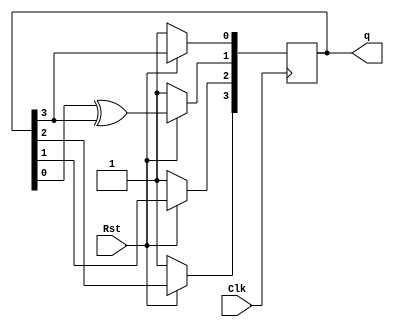
//ECE 6370

module LFSR_RAG(Rst,Clk, q);
input Clk,Rst;
//input B_In;
//output B_Out;
output [3:0] q;//,RAG_Out;
//output[6:0] Seg_RAG_Out;
reg [3:0] LFSR;
wire feedback = LFSR[3];

always @(posedge Clk)
begin
  if(Rst==0)
  begin
    LFSR<=4'b1111;
  end
    
  else
  begin	
    LFSR[0] <= feedback;
    LFSR[1] <= LFSR[0] ^ feedback;
    LFSR[2] <= LFSR[1];
    LFSR[3] <= LFSR[2];	
        
  end
end

assign q = LFSR;

endmodule